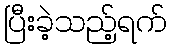
ပြီးခဲ့သည့်ရက်